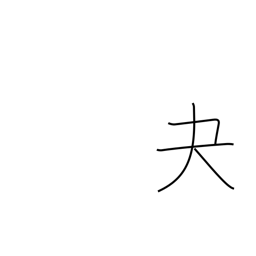
Meaning: archery glove